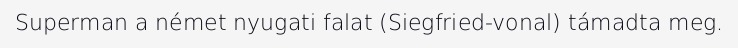
Superman a német nyugati falat (Siegfried-vonal) támadta meg.